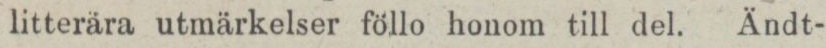
litterära utmärkelser föllo honom till del. Ändt-